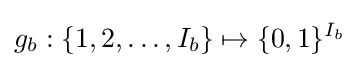
g_{b}:\{1,2,\ldots ,I_{b}\}\mapsto \{0,1\}^{I_{b}}